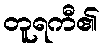
တူရကီ၏